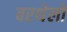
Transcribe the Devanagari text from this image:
बरथेलों